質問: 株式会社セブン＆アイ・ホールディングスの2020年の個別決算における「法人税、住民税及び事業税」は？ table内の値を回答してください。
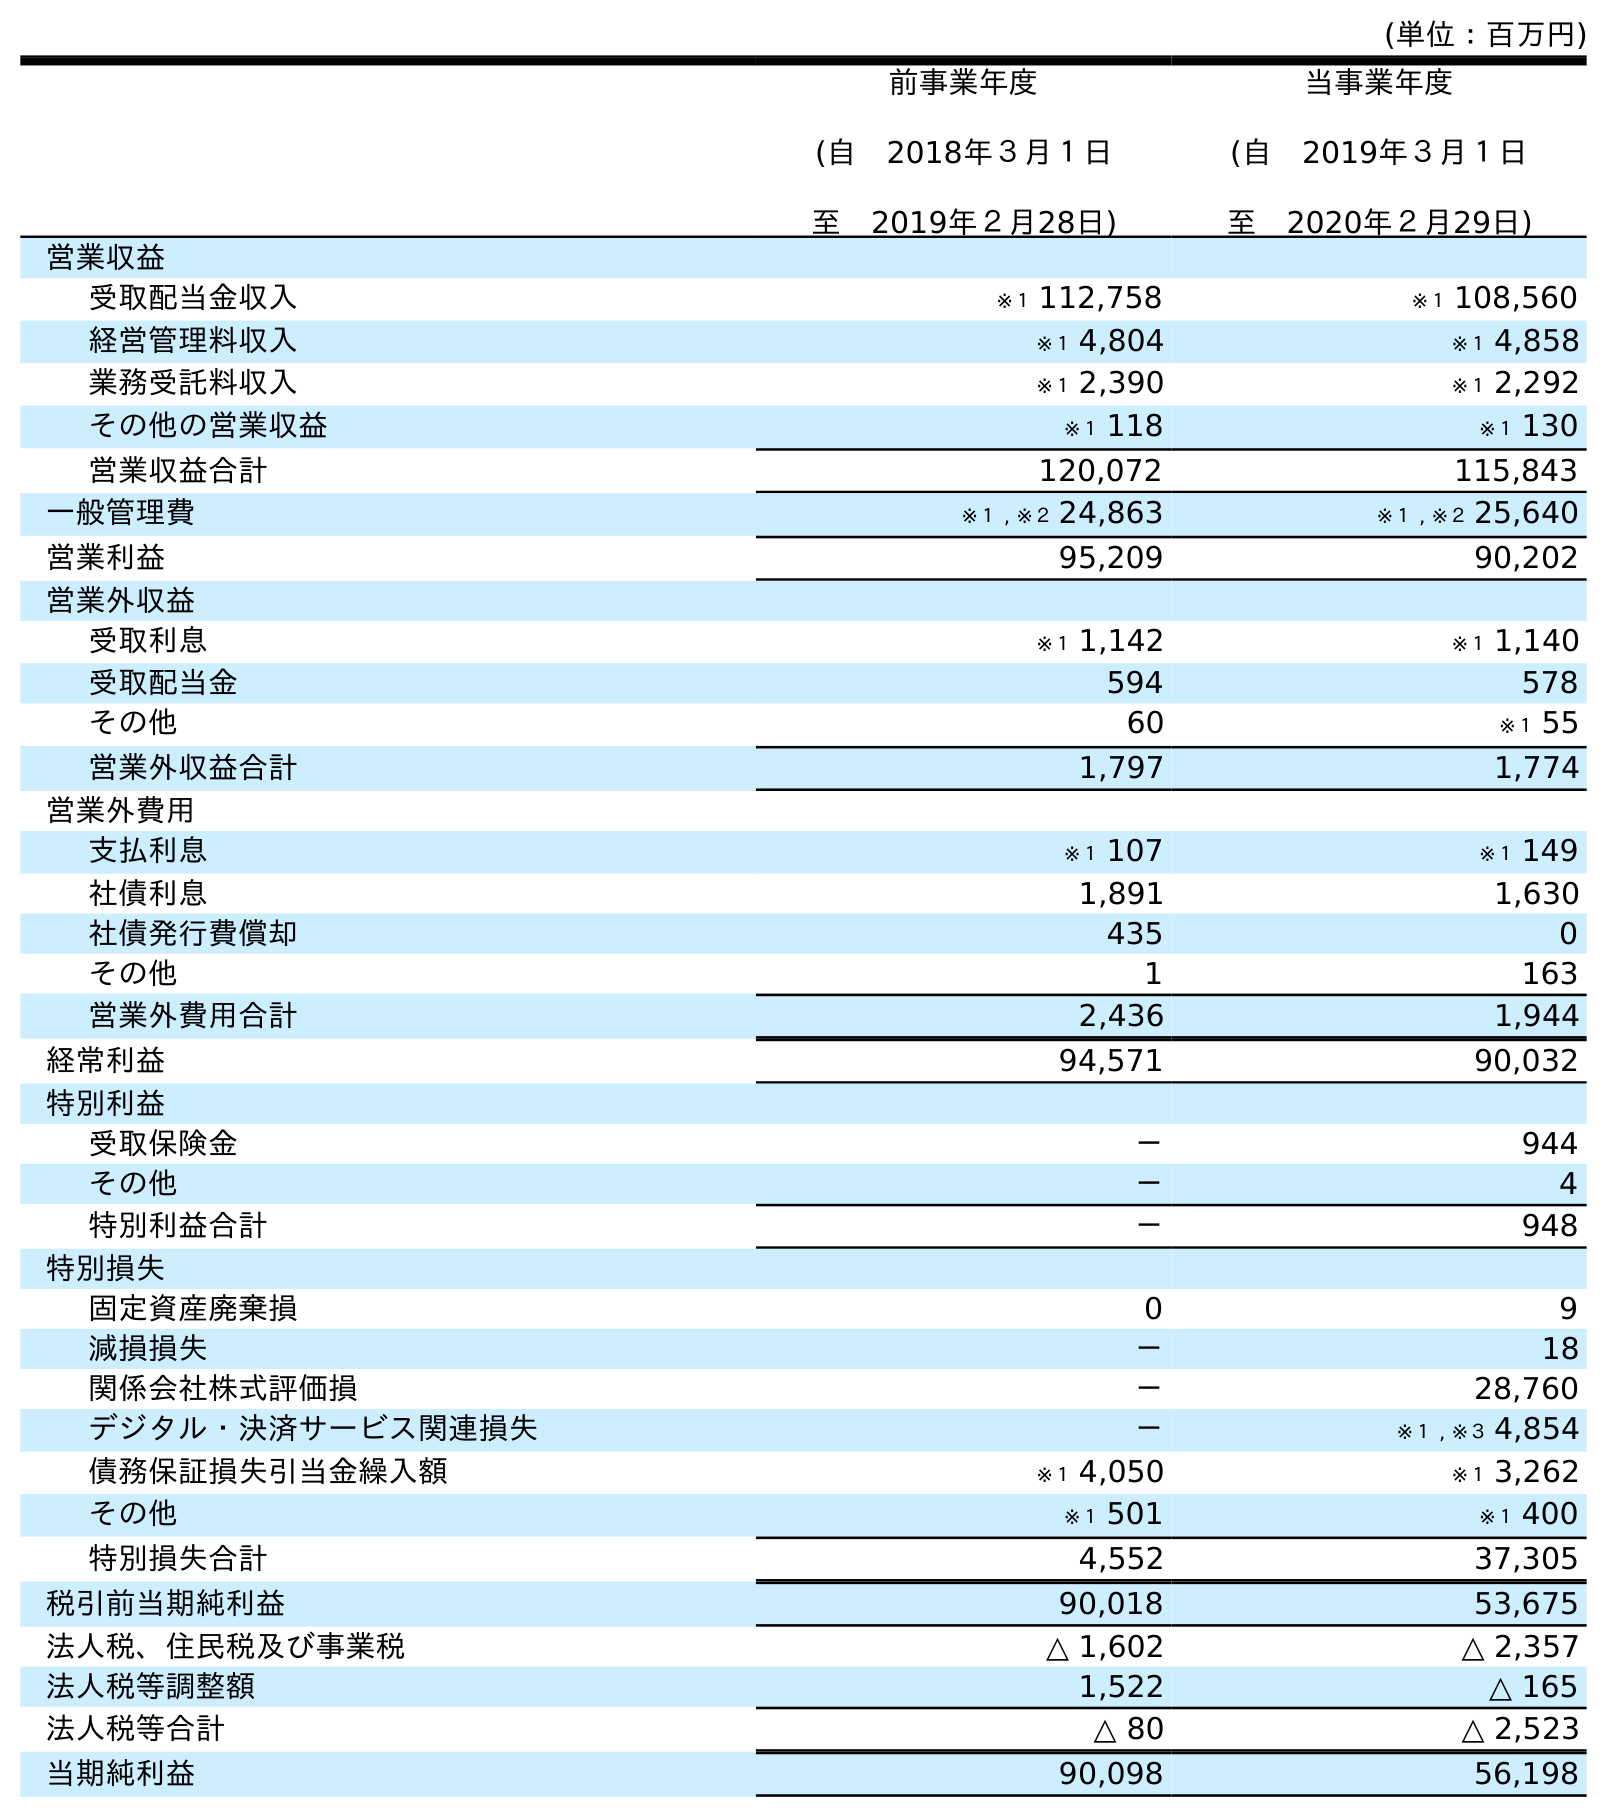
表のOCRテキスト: (単位：百万円) 前事業年度 (自 2018年３月１日 至 2019年２月28日) 当事業年度 (自 2019年３月１日 至 2020年２月29日) 営業収益 受取配当金収入 ※１ 112,758 ※１ 108,560 経営管理料収入 ※１ 4,804 ※１ 4,858 業務受託料収入 ※１ 2,390 ※１ 2,292 その他の営業収益 ※１ 118 ※１ 130 営業収益合計 120,072 115,843 一般管理費 ※１ , ※２ 24,863 ※１ , ※２ 25,640 営業利益 95,209 90,202 営業外収益 受取利息 ※１ 1,142 ※１ 1,140 受取配当金 594 578 その他 60 ※１ 55 営業外収益合計 1,797 1,774 営業外費用 支払利息 ※１ 107 ※１ 149 社債利息 1,891 1,630 社債発行費償却 435 0 その他 1 163 営業外費用合計 2,436 1,944 経常利益 94,571 90,032 特別利益 受取保険金 － 944 その他 － 4 特別利益合計 － 948 特別損失 固定資産廃棄損 0 9 減損損失 － 18 関係会社株式評価損 － 28,760 デジタル・決済サービス関連損失 － ※１ , ※３ 4,854 債務保証損失引当金繰入額 ※１ 4,050 ※１ 3,262 その他 ※１ 501 ※１ 400 特別損失合計 4,552 37,305 税引前当期純利益 90,018 53,675 法人税、住民税及び事業税 △ 1,602 △ 2,357 法人税等調整額 1,522 △ 165 法人税等合計 △ 80 △ 2,523 当期純利益 90,098 56,198
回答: △2,357